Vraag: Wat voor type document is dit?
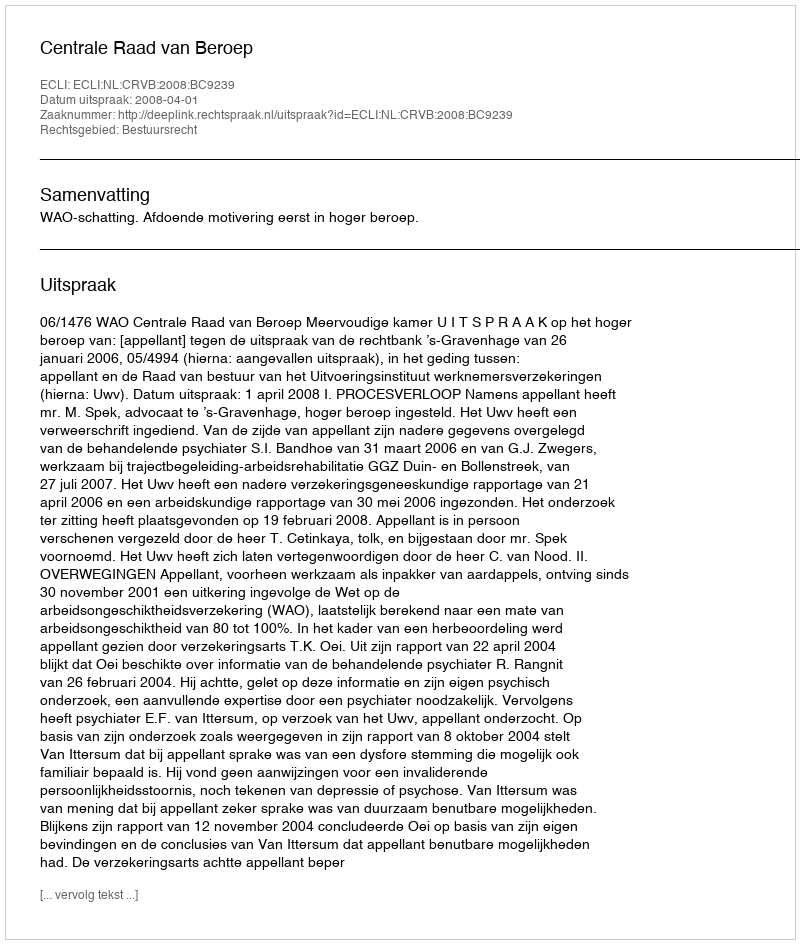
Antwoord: Uitspraak